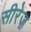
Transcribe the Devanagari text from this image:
सीरेज़